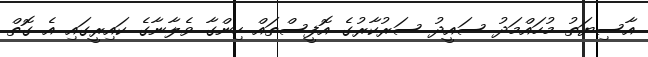
އާސިޔަތު މުހައްމަދު ސައީދު ސަރުކާރުގެ އޮފީސްތައް ހިންގާ ވެލާނާގެ ކައިރީގައި އެ ގޮތް